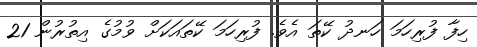
ހިފާ ފުރިހަމަ ހަނދު ކޭތަ އެވެ. ފުރިހަމަ ކޭތައަކަށް ވުމުގެ އިތުރުން 21